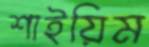
শাইয়িম